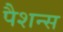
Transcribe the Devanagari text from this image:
पैशन्स